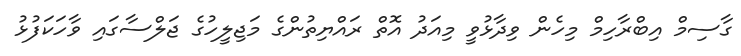
ގާސިމް އިބްރާހިމް މިހެން ވިދާޅުވީ މިއަދު އޮތް ރައްޔިތުންގެ މަޖިލީހުގެ ޖަލްސާގައި ވާހަކަފުޅު